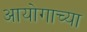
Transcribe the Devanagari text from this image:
आयोगाच्‍या